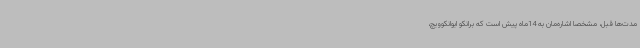
مدت‌ها قبل، مشخصا اشاره‌مان به 14‌ماه پیش است که برانکو ایوانکوویچ،